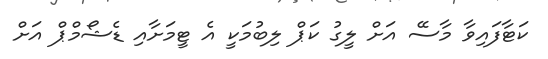
ކަޓާފައިވާ މާސޭ އަށް ލީގު ކަޕް ލިބުމަކީ އެ ޓީމަށާއި ޑެޝޯމްޕް އަށް